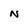
Character: N